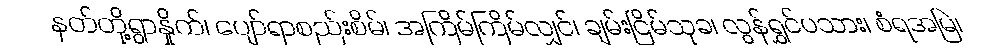
နတ်တို့ရွာနှိုက်၊ ပျော်ရာစည်းစိမ်၊ အကြိမ်ကြိမ်လျှင်၊ ချမ်းငြိမ်သုခ၊ လွန်ရွှင်ပသား၊ စံရအမြဲ၊